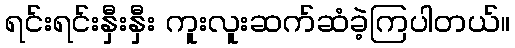
ရင်းရင်းနှီးနှီး ကူးလူးဆက်ဆံခဲ့ကြပါတယ်။